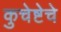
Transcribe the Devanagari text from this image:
कुचेष्टेचे